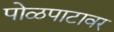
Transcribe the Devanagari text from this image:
पोळपाटावर